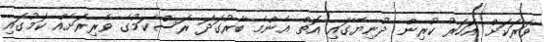
ވަރަކަށް އަހަރު ކުރިން ދުނިޔޭގައި އޮތް އެންމެ ބާރުގަދަ ރަސްކަމުގެ ވެރިރަށެއް ކަމުގައި